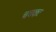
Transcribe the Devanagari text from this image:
चचकः